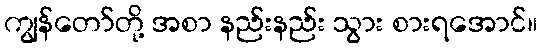
ကျွန်တော်တို့ အစာ နည်းနည်း သွား စားရအောင်။